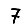
Digit: 7